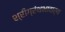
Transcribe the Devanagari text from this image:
श्रीग्रंथभावार्थ